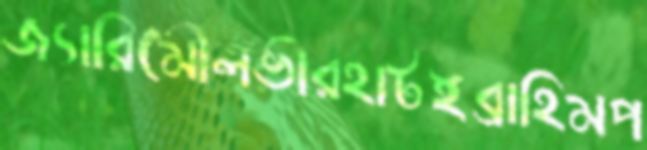
জ্যারিমৌলভীরহাটইব্রাহিমপ